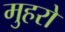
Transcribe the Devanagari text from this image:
मुहरो